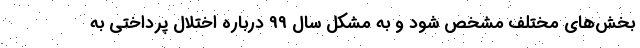
بخش‌های مختلف مشخص شود و به مشکل سال 99 درباره اختلال پرداختی به